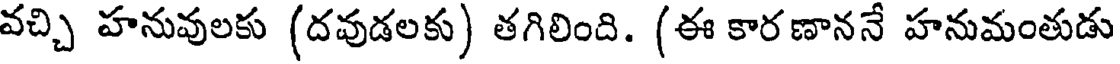
వచ్చి హనువులకు (దవుడలకు) తగిలింది. (ఈ కారణాననే హనుమంతుడు